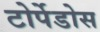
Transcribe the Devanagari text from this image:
टोर्पेडोस